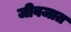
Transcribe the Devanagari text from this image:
जीवजात